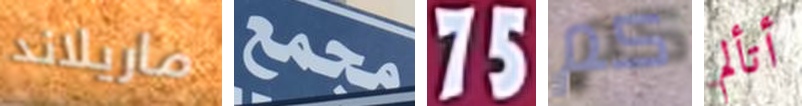
ماريلاند مجمع 75 كم أتألم